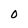
Character: O